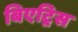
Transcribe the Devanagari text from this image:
बिएट्रिस